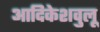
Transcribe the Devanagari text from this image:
आदिकेशवुलू